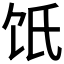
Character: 𩟾